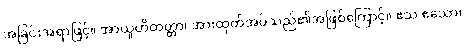
အခြင်းအရာဖြင့်။ အာယူဟိတတ္တာ၊ အားထုတ်အပ်သည်၏အဖြစ်ကြောင့်။ ဧသ ဧသော၊